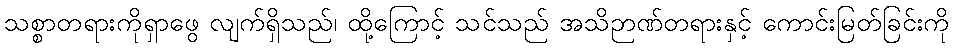
သစ္စာတရားကိုရှာဖွေ လျက်ရှိသည်၊ ထို့ကြောင့် သင်သည် အသိဉာဏ်တရားနှင့် ကောင်းမြတ်ခြင်းကို